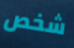
شخص